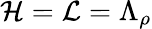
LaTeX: \mathcal{H}=\mathcal{L}=\Lambda_{\rho}